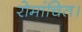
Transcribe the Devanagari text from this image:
रोमांचित।